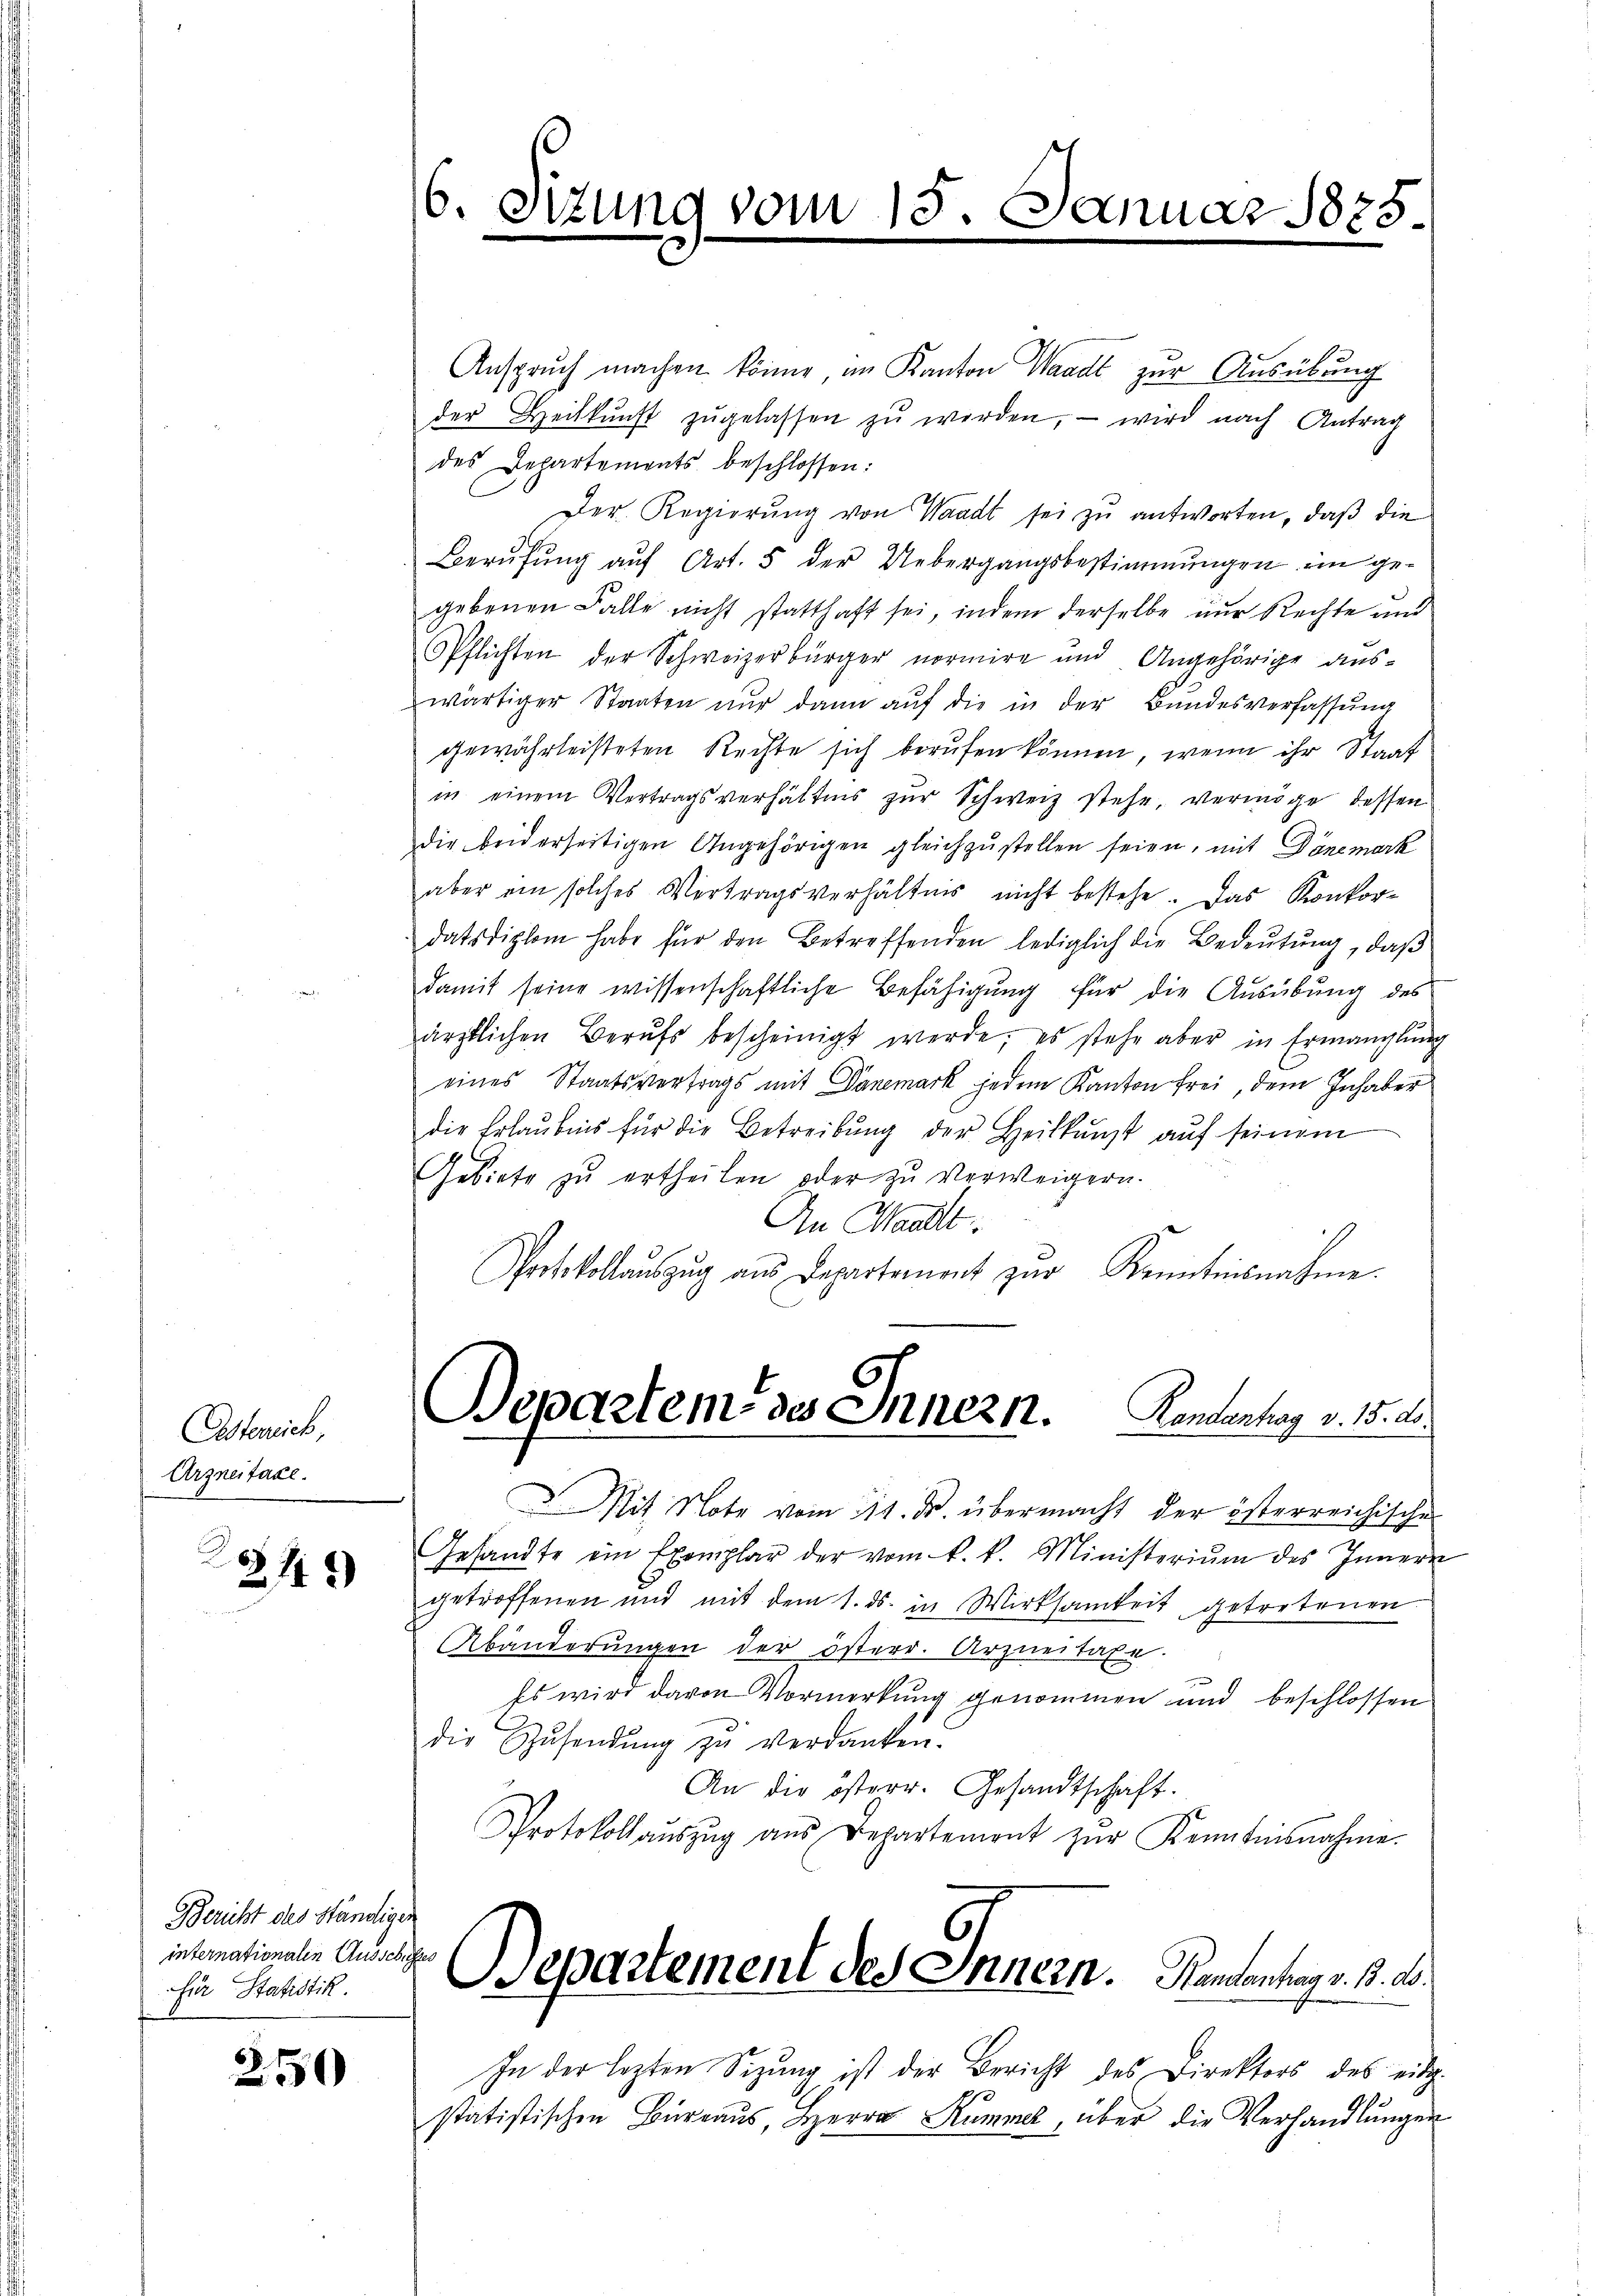
Osterrich,
Arzneitaxe.

.
2149)

Bericht des Ständiger
internationalen Ausschaftes
für Statistik.

250

v. Szung vom

Anspruch machen könne, im Kanton Waadt zur Ausübung
der Heilkŭnft zŭgelassen zŭ werden, wird nach Antrag
des Departements beschlossen:
Der Regierŭng von Waadt sei zu antworten, daß die
Berŭfŭng aŭf Art. 5 der Uebergangsbestimmungen im ge-
gebenen Falle nicht statthaft sei, indem derselbe nur Rechte und
PPflichten der Schweizerbürger normire und Angehörige auswärtiger Staaten nŭr dann aŭf die in der Bundesverfassŭng
gewährleisteten Rechte sich berufen können, wenn ihr Staat
in einem Vertragsverhältnis zŭr Schweiz stehe, vermöge dessen
die beiderseitigen Angehörigen gleichzŭstellen seien, mit Dänemark
aber ein solches Vertragsverhältnis nicht bestehe. Das Konkordatsdiplom habe für den Betreffenden lediglich die Bedeutung, daß
damit seine wissenschaftliche Befähigung für die Ausübung des
ärztlichen Berufs bescheinigt werde; es stehe aber in Ermanglung
eines Staatsvertrags mit Danemark jedem Kanton frei, dem Inhaber
die Erlaŭbnis für die Betreibŭng der Heilkunst aŭf seinem
Gebiete zŭ ertheilen oder zu verweigern.
An Handle.
Protokollaŭszŭg ans Departement zur Kenntnisnahme
Departeme des Innern. Kandertrag v. 15. d.
I. Mit Note vom 111. ds. übermacht der österreichische
Gesandte ein Exemplar der vom k. k. Ministeriŭm des Innern
getroffenen und mit dem 1. ds. in Wirksamkeit getretenen
Abänderŭngen der österr. Arzneitaxe.
Es wird davon Vormerkung genommen und beschlossen
die Zŭsendŭng zu verdanken.
An die österr. Gesandtschaft.
Protokoll aŭszŭg aŭs Departement zŭr Kenntnisnahme.
Departement des Innern. Namentag v. M. D.
In der lezten Sizung ist der Bericht des Direktors des eidg.
statistischen Büreaus, Herrn Kummel, über die Verhandlungen

15. Januar 1875